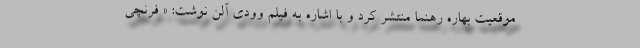
موقعیت بهاره رهنما منتشر کرد و با اشاره به فیلم وودی آلن نوشت: « فرنچی